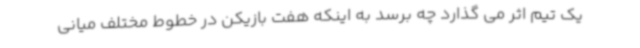
یک تیم اثر می گذارد چه برسد به اینکه هفت بازیکن در خطوط مختلف میانی